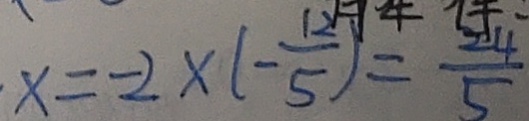
x = - 2 \times ( - \frac { 1 2 } { 5 } ) = \frac { 2 4 } { 5 }